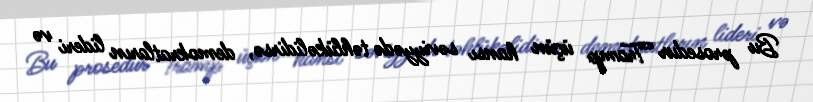
Bu prosedur Tramp üçün hansı səviyyədə təhlükəlidirsə, demokratların lideri və